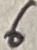
Text: 6